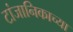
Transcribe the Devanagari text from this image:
टांजानिकाच्या